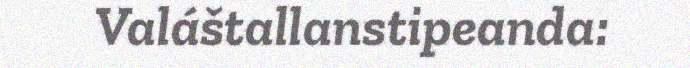
Valáštallanstipeanda: